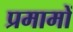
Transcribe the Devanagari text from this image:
प्रमामों